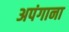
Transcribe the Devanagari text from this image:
अपंगाना